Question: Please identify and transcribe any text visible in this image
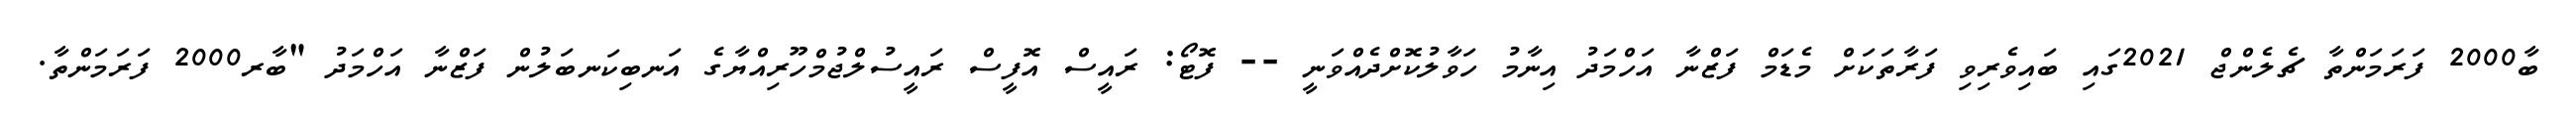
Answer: ބާ2000 ފަރަމަންތާ ޗެލެންޖް 2021ގައި ބައިވެރިވި ފަރާތަކަށް މެޑަމް ފަޒްނާ އަހްމަދު އިނާމު ހަވާލުކޮށްދެއްވަނީ -- ފޮޓޯ: ރައީސް އޮފީސް ރައީސުލްޖުމްހޫރިއްޔާގެ އަނބިކަނބަލުން ފަޒްނާ އަހްމަދު "ބާރ2000 ފަރަމަންތާ.